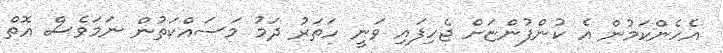
އެހެންކަމުން އެ ކުންފުންޏަށް ޖެހިފައި ވަނީ ހަތަރު ދަމު މަސައްކަތުން ނަމަވެސް އޮތް